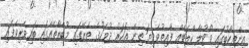
އިންތިހާބުގައި ވޯޓުލާ ކްލަބެއް ފާއިތުވެދިޔަ ތިން އަހަރު ދުވަހުގެ ތެރޭގައި މުބާރާތެއްގައި ބައިވެރިވެފައި